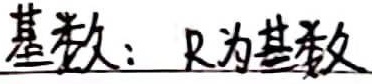
基数：\(R\)为基数